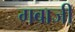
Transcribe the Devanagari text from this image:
गबाजी